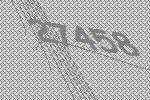
27458